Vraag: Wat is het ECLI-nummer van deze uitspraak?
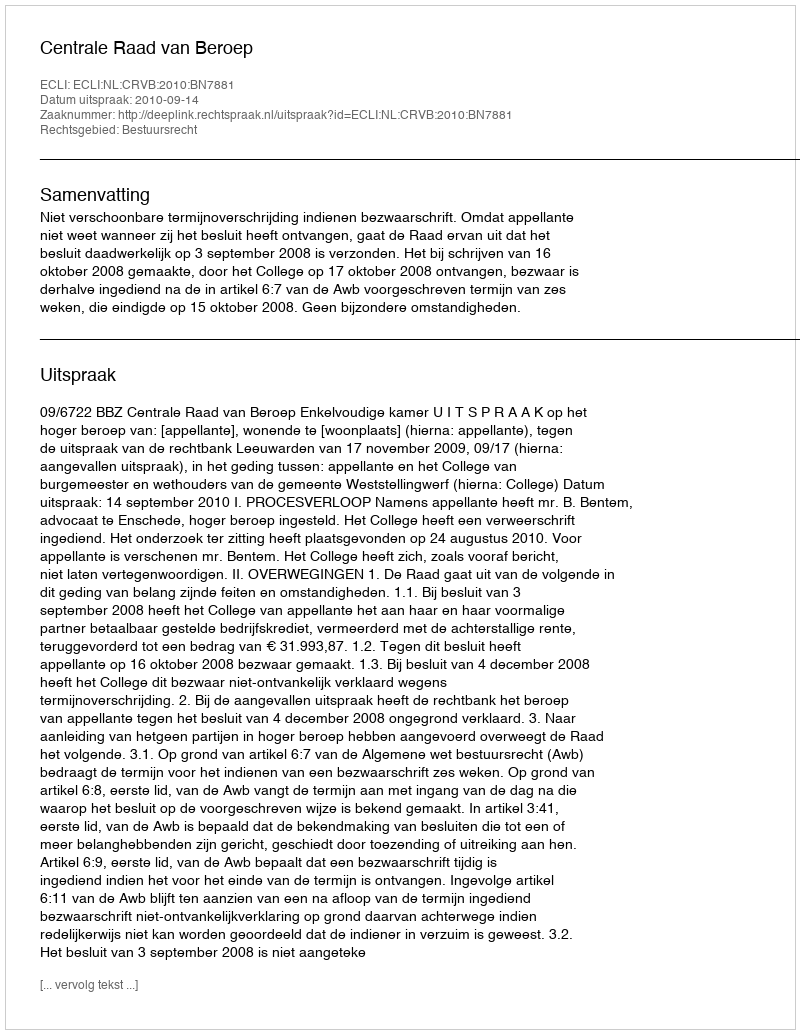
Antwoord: ECLI:NL:CRVB:2010:BN7881